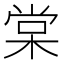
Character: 棠